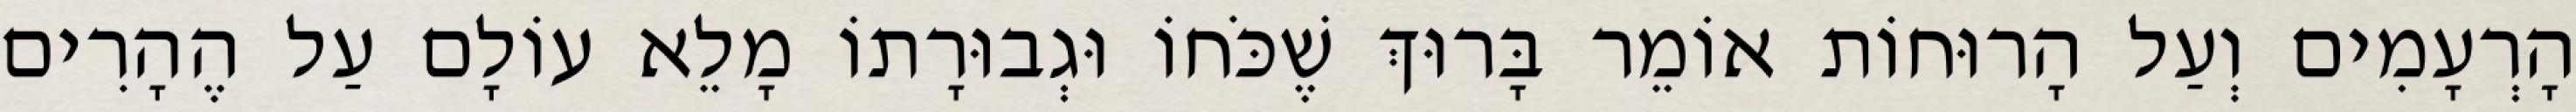
הָרְעָמִים וְעַל הָרוּחוֹת אוֹמֵר בָּרוּךְ שֶׁכֹּחוֹ וּגְבוּרָתוֹ מָלֵא עוֹלָם עַל הֶהָרִים